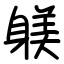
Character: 躾